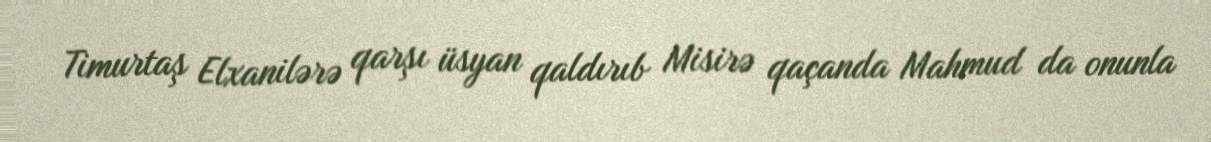
Timurtaş Elxanilərə qarşı üsyan qaldırıb Misirə qaçanda Mahmud da onunla